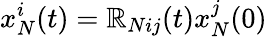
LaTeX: x_{N}^{i}(t)=\mathbb{R}_{Nij}(t)x_{N}^{j}(0)